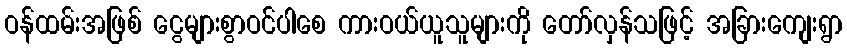
ဝန်ထမ်းအဖြစ် ငွေများစွာဝင်ပါစေ ကားဝယ်ယူသူများကို တော်လှန်သဖြင့် အခြားကျေးရွာ